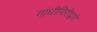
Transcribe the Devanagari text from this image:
गांधीगिरीद्वारे